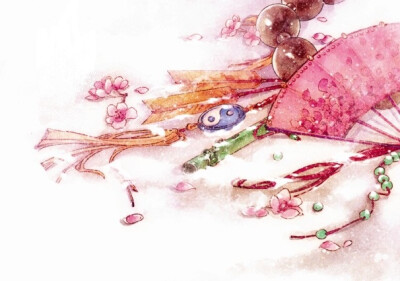
酷暑天，葵榴发，喷鼻香十里荷花。